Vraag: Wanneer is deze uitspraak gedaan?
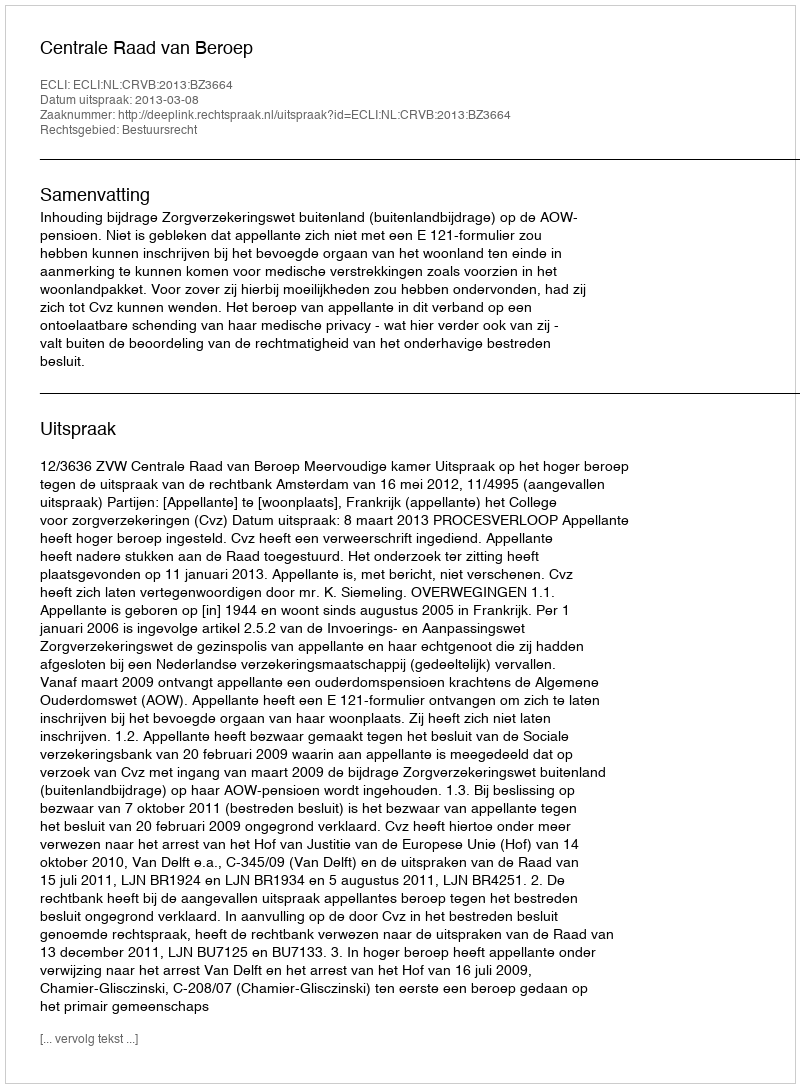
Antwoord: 2013-03-08